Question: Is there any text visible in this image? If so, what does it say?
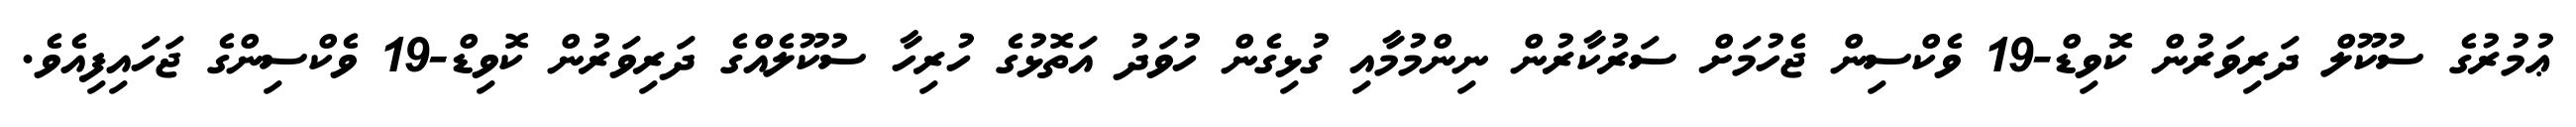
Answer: ޢުމުރުގެ ސުކޫލް ދަރިވަރުން ކޮވިޑް-19 ވެކްސިން ޖެހުމަށް ސަރުކާރުން ނިންމުމާއި ގުޅިގެން ހުވަދު އަތޮޅުގެ ހުރިހާ ސުކޫލެއްގެ ދަރިވަރުން ކޮވިޑް-19 ވެކްސިންގެ ޖަހައިފިއެވެ.